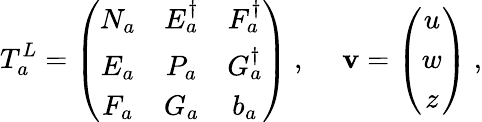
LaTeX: T_{a}^{L}=\left(\begin{array}{ccc}{{N_{a}}}&{{E_{a}^{\dagger}}}&{{F_{a}^{\dagger}}}\\ {{E_{a}}}&{{P_{a}}}&{{G_{a}^{\dagger}}}\\ {{F_{a}}}&{{G_{a}}}&{{b_{a}}}\end{array}\right)~,~~~~~\mathbf{v}=\left(\begin{array}{c}{{u}}\\ {{w}}\\ {{z}}\end{array}\right)~,